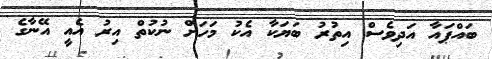
ބައްޕައާ އަދިވެސް އިތުރު ބަޔަކާ އެކު މަހަށް ނުކުތް އިރު އެއީ އޭނާގެ